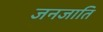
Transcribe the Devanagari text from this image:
जनजाति